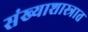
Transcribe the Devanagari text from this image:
संख्याशास्त्रात